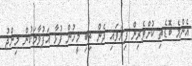
އެންމެ ބޮޑެތި ކުށްވެރިން ފިޔަވައި ދެން ތިބި މީހުން ފުޅާ އަފުވާމަކުން މިންޖު